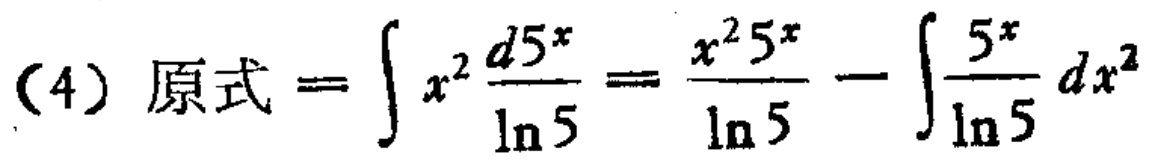
(4) 原式 \(=\int x^{2}\frac{d5^{x}}{\ln 5}=\frac{x^{2}5^{x}}{\ln 5}-\int\frac{5^{x}}{\ln 5}dx^{2}\)